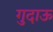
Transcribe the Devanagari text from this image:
गुदाऊ